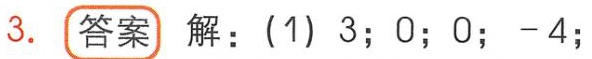
3. **答案** 解：(1) 3；0；0；-4；